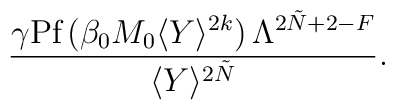
\frac{\gamma\mbox{Pf}\,(\beta_{0} M_{0} \langle Y\rangle^{2k})\, 	\Lambda^{2\tilde{N}+2-F}} {\langle Y\rangle^{2\tilde{N}}} .